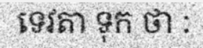
ទេវតា ទុក ថា :